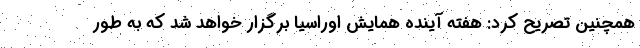
همچنین تصریح کرد: هفته آینده همایش اوراسیا برگزار خواهد شد که به طور